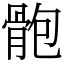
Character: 骲